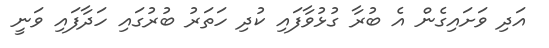
އަދި ވަށައިގެން އެ ބުރާ ގުޅުވާފައި ކުދި ހަތަރު ބުރުގައި ހަދާފައި ވަނީ